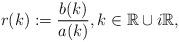
LaTeX: \begin{align*}r(k):=\frac{b(k)}{a(k)}, k \in \mathbb{R} \cup i\mathbb{R},\end{align*}